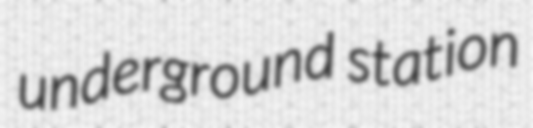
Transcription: underground station